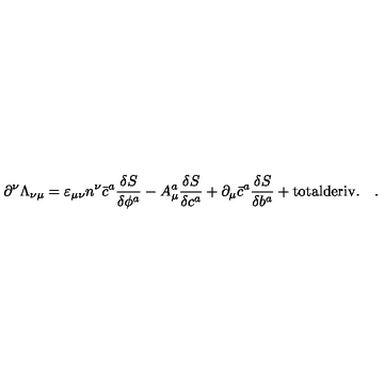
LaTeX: \partial ^ { \nu } \Lambda _ { \nu \mu } = \varepsilon _ { \mu \nu } n ^ { \nu } \bar { c } ^ { a } \frac { \delta S } { \delta \phi ^ { a } } - A _ { \mu } ^ { a } \frac { \delta S } { \delta c ^ { a } } + \partial _ { \mu } \bar { c } ^ { a } \frac { \delta S } { \delta b ^ { a } } + \mathrm { t o t a l d e r i v . } \quad .